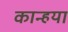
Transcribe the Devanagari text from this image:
कान्हया